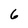
Character: 6